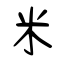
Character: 米